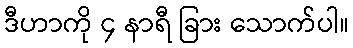
ဒီဟာကို ၄ နာရီ ခြား သောက်ပါ။